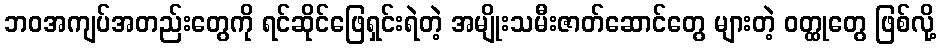
ဘဝအကျပ်အတည်းတွေကို ရင်ဆိုင်ဖြေရှင်းရဲတဲ့ အမျိုးသမီးဇာတ်ဆောင်တွေ များတဲ့ ဝတ္ထုတွေ ဖြစ်လို့